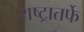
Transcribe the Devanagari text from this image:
राष्ट्रातर्फे